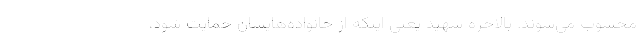
محسوب می‌شوند. بالاخره شهید یعنی اینکه از خانواده‌هایشان حمایت شود،